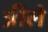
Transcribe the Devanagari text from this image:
त्रीले